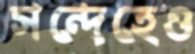
সন্দেহেও